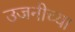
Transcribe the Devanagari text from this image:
उजनीच्या